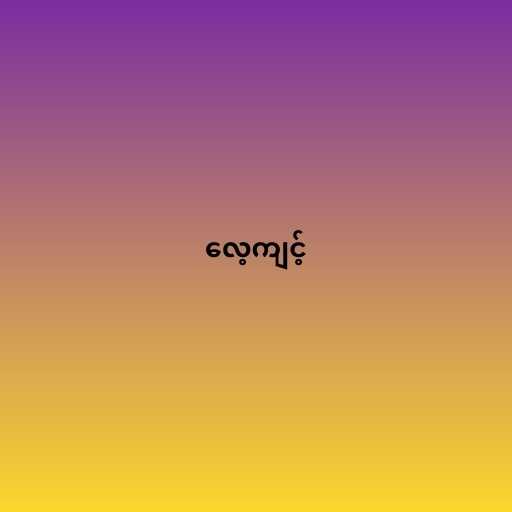
လေ့ကျင့်